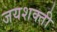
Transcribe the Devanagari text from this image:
जयशक्ती